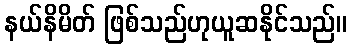
နယ်နိမိတ် ဖြစ်သည်ဟုယူဆနိုင်သည်။